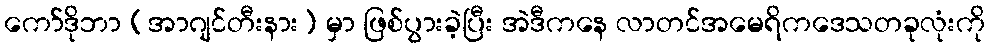
ကော်ဒိုဘာ (အာဂျင်တီးနား) မှာ ဖြစ်ပွားခဲ့ပြီး အဲဒီကနေ လာတင်အမေရိကဒေသတခုလုံးကို